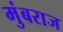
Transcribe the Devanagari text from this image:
मुंबराज